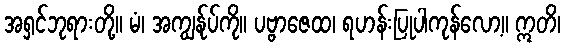
အရှင်ဘုရားတို့။ မံ၊ အကျွန်ုပ်ကို။ ပဗ္ဗာဇေထ၊ ရဟန်းပြုပါကုန်လော့။ ဣတိ၊